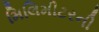
મિલિમીટરની